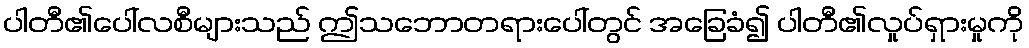
ပါတီ၏ပေါ်လစီများသည် ဤသဘောတရားပေါ်တွင် အခြေခံ၍ ပါတီ၏လှုပ်ရှားမှုကို